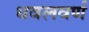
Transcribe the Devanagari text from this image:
धवलवर्ण